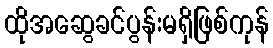
ထိုအဆွေခင်ပွန်းမရှိဖြစ်ကုန်